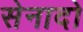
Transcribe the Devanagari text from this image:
सेनादो